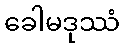
ခေါမဒုဿံ